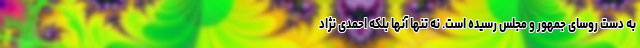
به دست روسای جمهور و مجلس رسیده است. نه تنها آنها بلکه احمدی نژاد